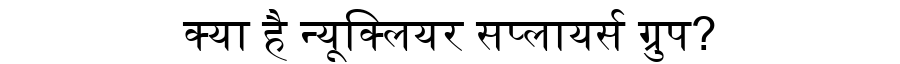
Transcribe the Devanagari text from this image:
क्या है न्यूक्लियर सप्लायर्स ग्रुप?